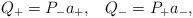
LaTeX: \begin{align*}Q_+=P_-a_+, \;\;\; Q_-=P_+a_-,\end{align*}